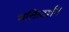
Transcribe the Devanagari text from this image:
भक्तिदर्शन